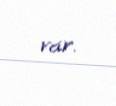
var.